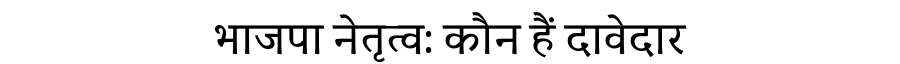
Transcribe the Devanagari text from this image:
भाजपा नेतृत्व: कौन हैं दावेदार